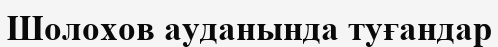
Шолохов ауданында туғандар